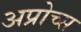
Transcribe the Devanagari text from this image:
अप्रोच्स